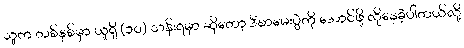
သူက တစ်နှစ်မှာ ယူရို (၁၀) သန်းရမှာ ဆိုတော့ ဒီစာမေးပွဲကို အောင်ဖို့ လိုနေခဲ့ပါတယ်လို့